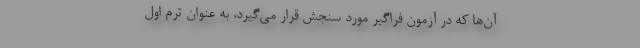
آن‌ها که در آزمون فراگیر مورد سنجش قرار می‌گیرد، به عنوان ترم اول